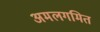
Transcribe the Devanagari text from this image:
अमलगमित